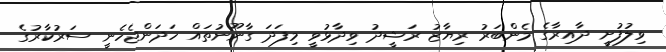
ވިލުފުށީ ދާއިރާގެ މެންބަރު ރިޔާޒު ރަޝީދު ވިދާޅުވީ މިފަދަ ގާނޫނުތައް ހަދަންޖެހެނީ ސަރުކާރުގެ